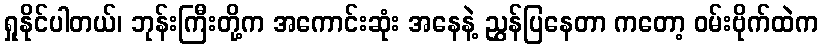
ရှုနိုင်ပါတယ်၊ ဘုန်းကြီးတို့က အကောင်းဆုံး အနေနဲ့ ညွှန်ပြနေတာ ကတော့ ဝမ်းဗိုက်ထဲက